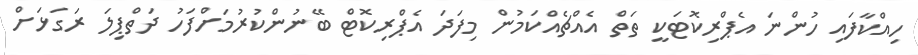
ހިއްކާފައި ހުންނަ އެޕްރިކޮޓަކީ ތަތް އެއްޗެއްކަމުން މިފަދަ އެޕްރިކޮޓް ބޭނުންކުރުމަށްފަހު ދަތްޕިލަ ރަގަޅަށް